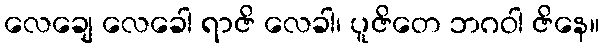
လေချေ လေခေါ ရာဇိ လေခါ၊ ပူဇိတေ ဘဂဝါ ဇိနေ။